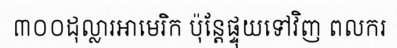
៣០០ដុល្លារអាមេរិក ប៉ុន្តែផ្ទុយទៅវិញ ពលករ